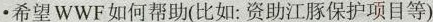
•希望WWF如何帮助(比如：资助江豚保护项目等)